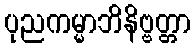
ပုညကမ္မာဘိနိဗ္ဗတ္တာ